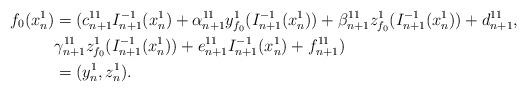
LaTeX: \begin{align*}f_{0}(x_{n}^{1}) &= (c_{n+1}^{11}I_{n+1}^{-1}(x_{n}^{1}) + \alpha_{n+1}^{11}y_{f_{0}}^{1}(I_{n+1}^{-1}(x_{n}^{1}))+ \beta_{n+1}^{11}z_{f_{0}}^{1}(I_{n+1}^{-1}(x_{n}^{1}))+ d_{n+1}^{11}, \\&\gamma_{n+1}^{11}z_{f_{0}}^{1}(I_{n+1}^{-1}(x_{n}^{1}))+ e_{n+1}^{11}I_{n+1}^{-1}(x_{n}^{1})+ f_{n+1}^{11}) \\& =(y_{n}^{1}, z_{n}^{1}) .\end{align*}